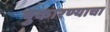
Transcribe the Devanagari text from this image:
पुकारण्याचा